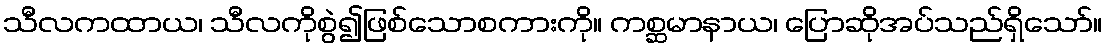
သီလကထာယ၊ သီလကိုစွဲ၍ဖြစ်သောစကားကို။ ကစ္ဆမာနာယ၊ ပြောဆိုအပ်သည်ရှိသော်။